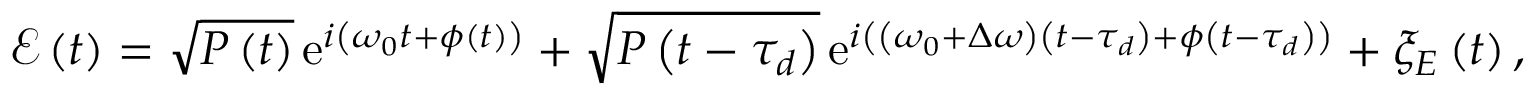
\mathcal { E } \left( t \right) = \sqrt { P \left( t \right) } \, \mathrm { e } ^ { i \left( \omega _ { 0 } t + \phi \left( t \right) \right) } + \sqrt { P \left( t - \tau _ { d } \right) } \, \mathrm { e } ^ { i \left( \left( \omega _ { 0 } + \Delta \omega \right) \left( t - \tau _ { d } \right) + \phi \left( t - \tau _ { d } \right) \right) } + \xi _ { E } \left( t \right) ,